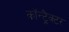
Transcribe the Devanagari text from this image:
कॉन्ट्रैक्टर